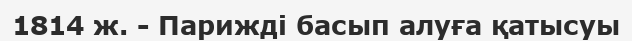
1814 ж. - Парижді басып алуға қатысуы